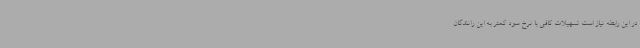
در این رابطه نیاز است تسهیلات کافی با نرخ سود کمتر به این رانندگان